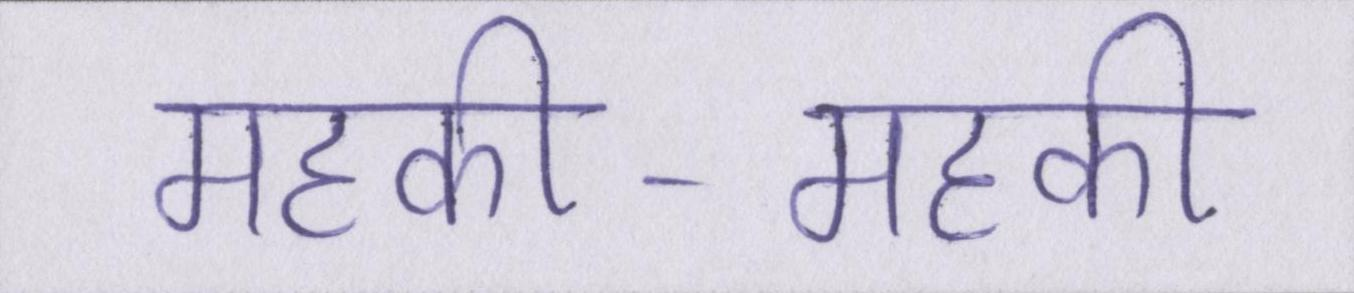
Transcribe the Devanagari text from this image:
महकी-महकी